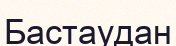
Бастаудан